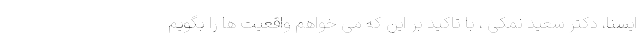
ایسنا، دکتر سعید نمکی ، با تاکید بر این که می خواهم واقعیت ها را بگویم